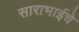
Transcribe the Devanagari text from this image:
साराभाईचे